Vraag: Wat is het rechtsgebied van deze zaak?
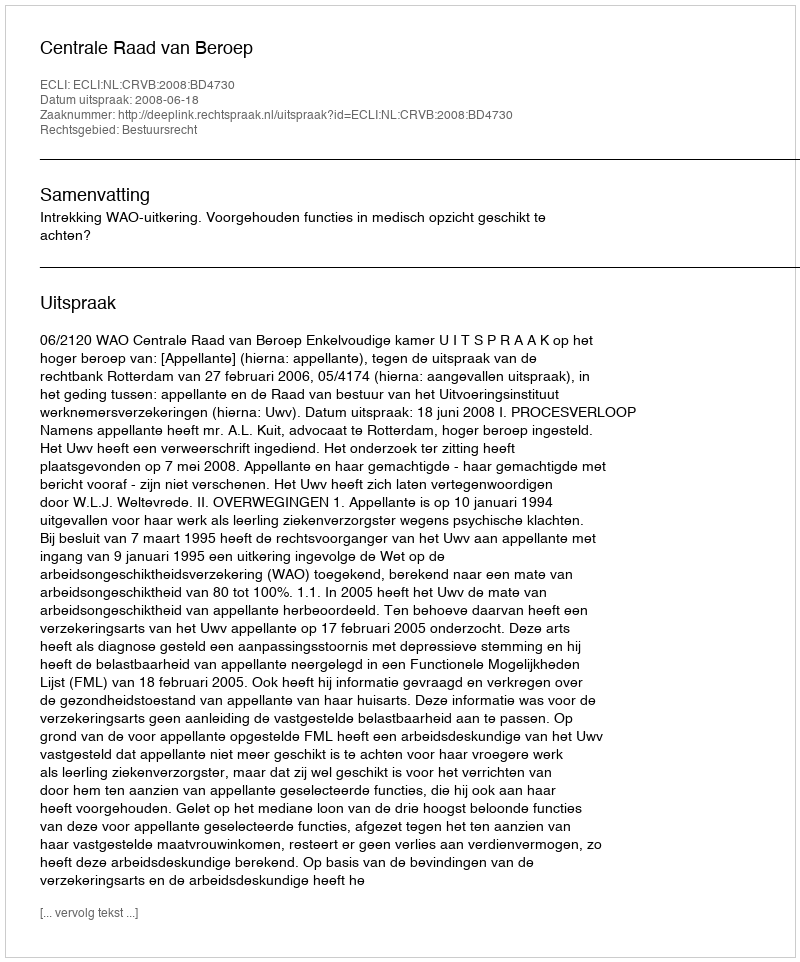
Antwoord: Bestuursrecht